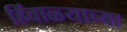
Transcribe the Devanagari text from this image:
हिंवाळ्याच्या